Insane asylums Bombay 1873-77 - 1873-1877
Year: 1873
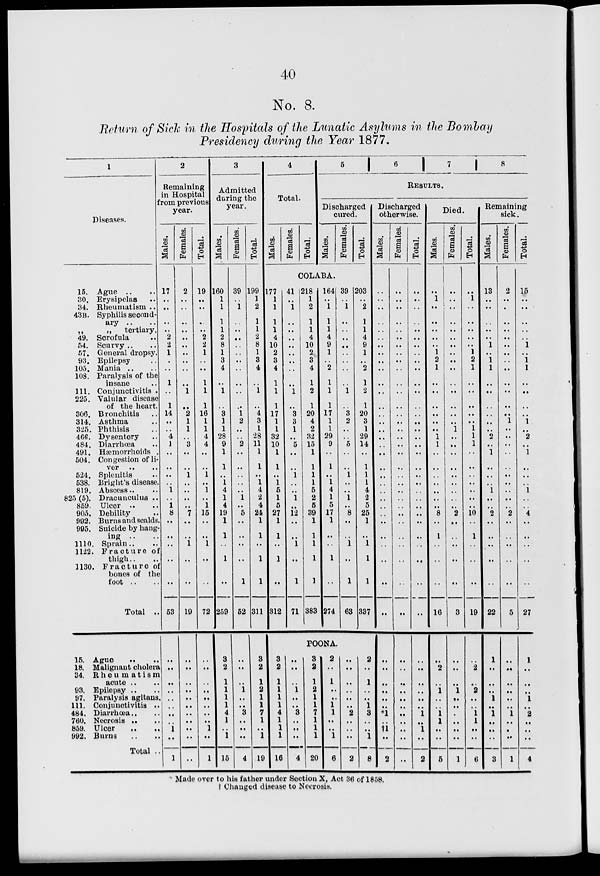
40
No. 8.
Return of Sick in the Hospitals of the Lunatic Asylums in the Bombay
Presidency during the Year 1877.
1
Diseases.
15.
30.
34.
43B.
„
49.
54.
57.
93.
105.
108.
111.
225.
306.
314.
325.
466.
484.
491.
504.
524.
538.
819.
825(5).
859.
905.
992.
995.
1110.
1122.
1130.
Ague .. ..
Erysipelas ..
Rheumatism ..
Syphilis second-
ary .. ..
„
tertiary.
Scrofula ..
Scurvy .. ..
General dropsy.
Epilepsy ..
Mania .. ..
Paralysis of the
insane ..
Conjunctivitis .
Valular disease
of the heart.
Bronchitis ..
Asthma ..
Phthisis ..
Dysentery ..
Diarrhœa ..
Hæmorrhoids .
Congestion of li-
ver .. ..
Splenitis ..
Bright's disease.
Abscess .. ..
Dracunculus ..
Ulcer .. ..
Debility ..
Burns and scalds.
Suicide by hang-
ing .. ..
Sprain .. ..
Fracture of
thigh .. ..
Fracture of
bones of the
foot .. ..
Total ..
15.
18.
34.
93.
97.
111.
484.
760.
859.
992.
Ague .. ..
Malignant cholera
Rheumatism
acute .. ..
Epilepsy.. ..
Paralysis agitans.
Conjunctivitis ..
Diarrhœa .. ..
Necrosis .. ..
Ulcer .. ..
Burns .. ..
Total ..
2
Remaining
in Hospital
from previous
year.
Mal es .
17
..
..
..
..
2
2
1
..
..
1
..
1
14
..
..
4
1
..
..
..
..
1
..
1
8
..
..
..
..
..
53
..
..
..
..
..
..
..
..
1
..
1
Females.
2
..
..
..
..
..
..
..
..
..
..
1
..
2
1
1
..
3
..
..
1
..
..
..
..
7
..
..
1
..
..
19
..
..
..
..
..
..
..
..
..
..
..
Total.
19
..
..
..
..
2
2
1
..
..
1
1
1
16
1
1
4
4
..
..
1
..
1
..
1
15
..
..
1
..
..
72
..
..
..
..
..
..
..
..
1
..
1
3
Admitted
during the
year.
Males.
160
1
1
1
1
2
8
1
3
4
..
1
..
3
1
1
28
9
1
1
..
1
4
1
4
19
1
1
..
1
..
259
3
2
1
1
1
1
4
1
..
1
15
Females.
39
..
1
..
..
..
..
..
..
..
..
..
..
1
2
..
..
2
..
..
..
..
..
1
..
5
..
..
..
..
1
52
..
..
..
1
..
..
3
..
..
..
4
Total.
199
1
2
1
1
2
8
1
3
4
..
1
..
4
3
1
28
11
1
1
..
1
4
2
4
24
1
1
..
1
1
311
3
2
1
2
1
1
7
1
..
1
19
4
Total.
Males.
Females.
Total.
5
6
7
8
RESULTS.
Discharged
cured.
Males.
Females.
Total.
COLABA.
177
1
1
1
1
4
10
2
3
4
1
1
1
17
1
1
32
10
1
1
..
1
5
1
5
27
1
1
..
1
..
312
41
..
1
..
..
..
..
..
..
..
..
1
..
3
3
1
..
5
..
..
1
..
..
1
..
12
..
..
1
..
1
71
218
1
2
1
1
4
10
2
3
4
1
2
1
20
4
2
32
15
1
1
1
1
5
2
5
39
1
1
1
1
1
383
164
..
1
1
1
4
9
1
..
2
1
1
1
17
1
1
29
9
..
1
..
1
4
1
5
17
1
..
..
1
..
274
39
..
1
..
..
..
..
..
..
..
..
1
..
3
2
..
..
5
..
..
1
..
..
1
..
8
..
..
1
..
1
63
203
..
2
1
1
4
9
1
..
2
1
2
1
20
3
1
29
14
..
1
1
1
4
2
5
25
1
..
1
1
1
337
POONA.
3
2
..
..
..
..
..
..
..
..
16
..
..
..
1
..
..
3
..
..
..
4
3
2
1
2
..
..
..
..
..
..
20
2
..
1
..
..
1
1
..
..
1
6
..
..
..
..
..
..
2
..
..
..
2
2
..
1
..
..
1
3
..
..
1
8
Discharged
otherwise.
Males.
..
..
..
..
..
..
..
..
..
..
..
..
..
..
..
..
..
..
..
..
..
..
..
..
..
..
..
..
..
..
..
..
..
..
..
..
..
..
*1
..
†1
..
2
Females.
..
..
..
..
..
..
..
..
..
..
..
..
..
..
..
..
..
..
..
..
..
..
..
..
..
..
..
..
..
..
..
..
..
..
..
..
..
..
..
..
..
..
..
Total.
..
..
..
..
..
..
..
..
..
..
..
..
..
..
..
..
..
..
..
..
..
..
..
..
..
..
..
..
..
..
..
..
..
..
..
..
..
..
1
..
1
..
2
Died.
Males.
..
1
..
..
..
..
..
1
2
1
..
..
..
..
..
..
1
1
..
..
..
..
..
..
..
8
..
1
..
..
..
16
..
2
..
1
..
..
1
1
..
..
5
Females.
..
..
..
..
..
..
..
..
..
..
..
..
..
..
..
1
..
..
..
..
..
..
..
..
..
2
..
..
..
..
..
3
..
..
..
1
..
..
..
..
..
..
1
Total.
..
1
..
..
..
..
..
1
2
1
..
..
..
..
..
1
1
1
..
..
..
..
..
..
..
10
..
1
..
..
..
19
..
2
..
2
..
..
1
1
..
..
6
Remaining
sick.
Males.
13
..
..
..
..
..
1
..
1
1
..
..
..
..
..
..
2
..
1
..
..
..
1
..
..
2
..
..
..
..
..
22
1
..
..
..
1
..
1
..
..
..
3
Females.
2
..
..
..
..
..
..
..
..
..
..
..
..
..
1
..
..
..
..
..
..
..
..
..
..
2
..
..
..
..
..
5
..
..
..
..
..
..
1
..
..
..
1
Total.
15
..
..
..
..
..
1
..
1
1
..
..
..
..
1
..
2
..
1
..
..
..
1
..
..
4
..
..
..
..
..
27
1
..
..
..
1
..
2
..
..
..
4
Made over to his father under Section X, Act 36 of 1858.
† Changed disease to Necrosis.